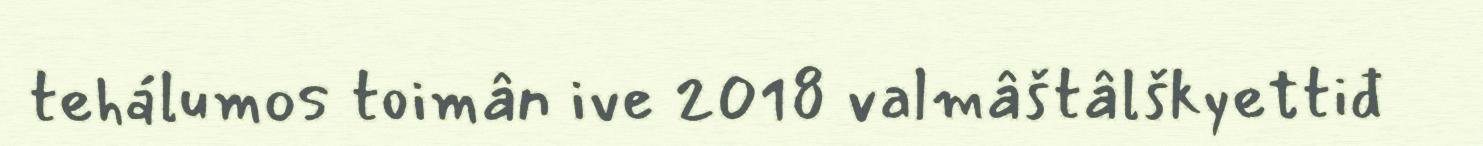
tehálumos toimân ive 2018 valmâštâlškyettiđ